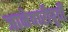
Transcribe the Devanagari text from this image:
जानेवारीपूर्वी